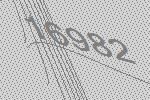
16982